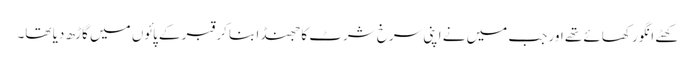
کھٹے انگور کھائے تھے اور جب میں نے اپنی سرخ شرٹ کا جھنڈا بنا کر قبر کے پائوں میں گاڑھ دیا تھا۔